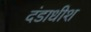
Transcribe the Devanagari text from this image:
दंडाधीश